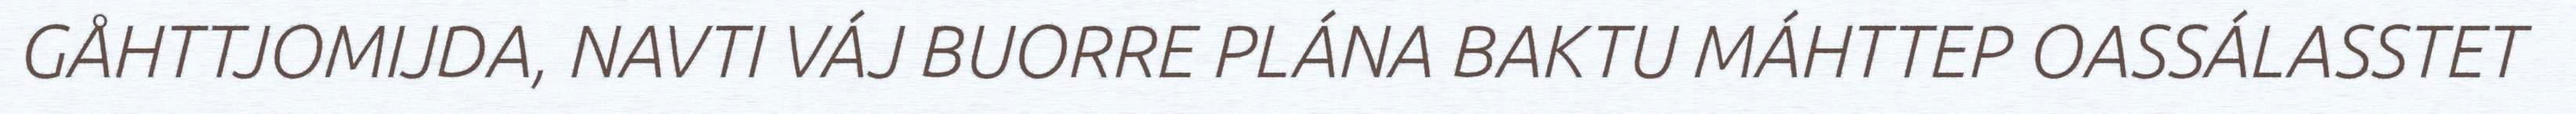
GÅHTTJOMIJDA, NAVTI VÁJ BUORRE PLÁNA BAKTU MÁHTTEP OASSÁLASSTET